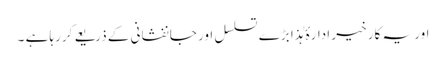
اور یہ کار خیر ادارۂ ہٰذا بڑے تسلسل اور جانفشانی کے ذریعے کررہا ہے ۔